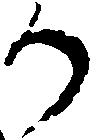
か